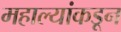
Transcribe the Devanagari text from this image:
महाल्यांकडून